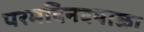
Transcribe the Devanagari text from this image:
परमदिनदयाळा